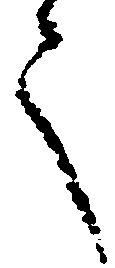
言